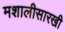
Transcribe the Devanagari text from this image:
मशालीसारखी